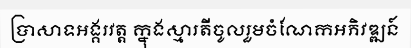
ប្រាសាទអង្គរវត្ត ក្នុងស្មារតីចូលរួមចំណែកអភិវឌ្ឍន៍